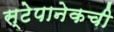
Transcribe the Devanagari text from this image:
स्टेपानेकची